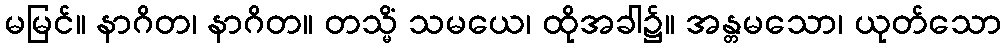
မမြင်။ နာဂိတ၊ နာဂိတ။ တသ္မိံ သမယေ၊ ထိုအခါ၌။ အန္တမသော၊ ယုတ်သော